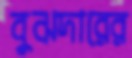
বুঝদারের